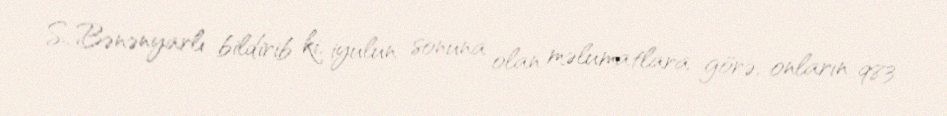
S. Bənənyarlı bildirib ki, iyulun sonuna olan məlumatlara görə, onların 983